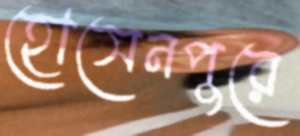
হোসেনপুরে